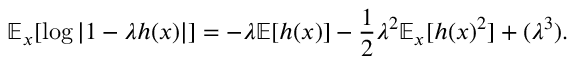
\mathbb { E } _ { x } [ \log | 1 - \lambda h ( x ) | ] = - \lambda \mathbb { E } [ h ( x ) ] - \frac { 1 } { 2 } \lambda ^ { 2 } \mathbb { E } _ { x } [ h ( x ) ^ { 2 } ] + ( \lambda ^ { 3 } ) .